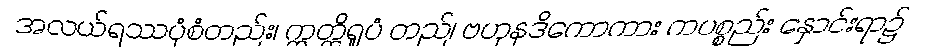
အလယ်ရဿပုံစံတည်း၊ ဣတ္ထိရူပံ တည်၊ ဗဟုနဒိကောကား ကပစ္စည်း နှောင်းရာ၌